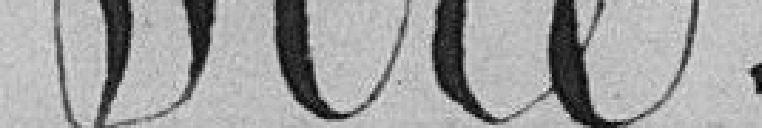
Sire